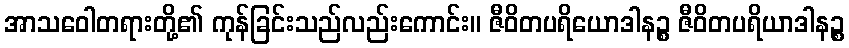
အာသဝေါတရားတို့၏ ကုန်ခြင်းသည်လည်းကောင်း။ ဇီဝိတပရိယောဒါနဉ္စ ဇီဝိတပရိယာဒါနဉ္စ